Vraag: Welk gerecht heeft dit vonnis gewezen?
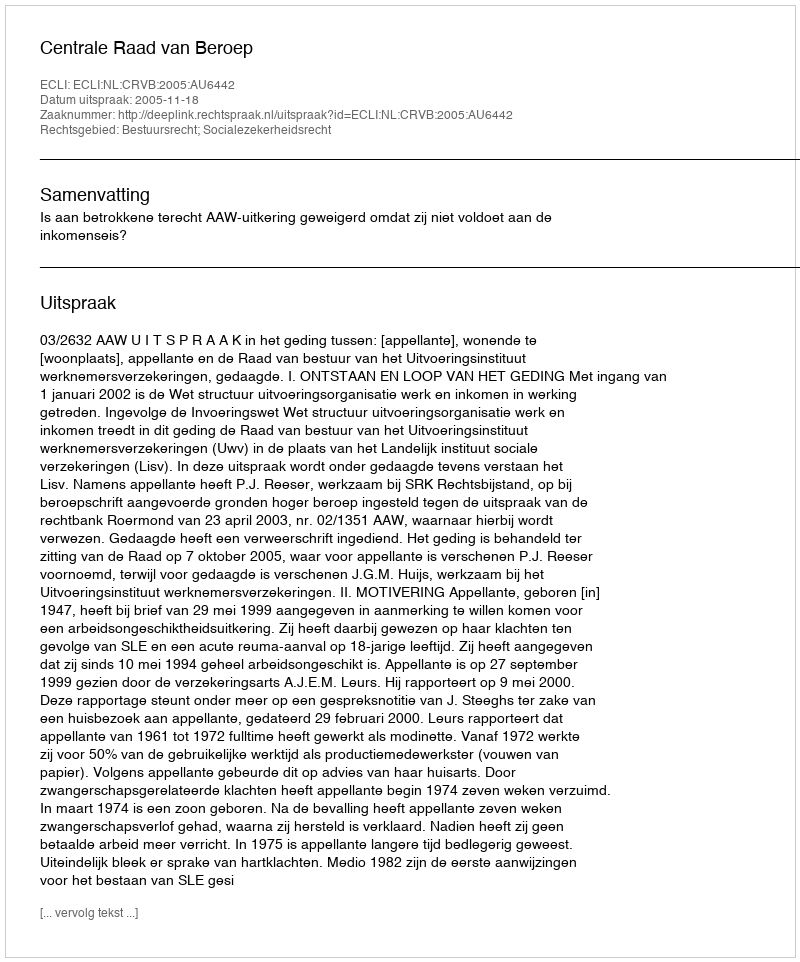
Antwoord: Centrale Raad van Beroep